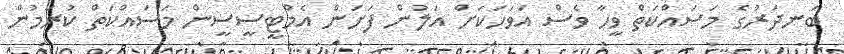
ބަނދަރުގެ މަސައްކަތް ވީހާ ވެސް އަވަހަކަށް އަލުން ފަށަން އެމްޓީސީސީން މަސައްކަތް ކުރަމުން